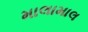
માલામાલ